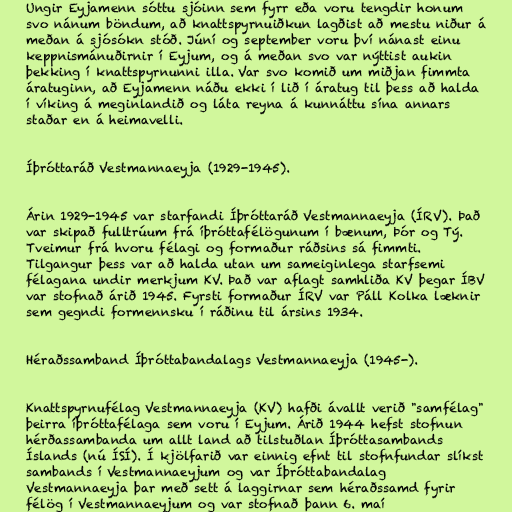
Ungir Eyjamenn sóttu sjóinn sem fyrr eða voru tengdir honum
svo nánum böndum, að knattspyrnuiðkun lagðist að mestu niður á
meðan á sjósókn stóð. Júní og september voru því nánast einu
keppnismánuðirnir í Eyjum, og á meðan svo var nýttist aukin
þekking í knattspyrnunni illa. Var svo komið um miðjan fimmta
áratuginn, að Eyjamenn náðu ekki í lið í áratug til þess að halda
í víking á meginlandið og láta reyna á kunnáttu sína annars
staðar en á heimavelli.

Íþróttaráð Vestmannaeyja (1929-1945).

Árin 1929-1945 var starfandi Íþróttaráð Vestmannaeyja (ÍRV). Það
var skipað fulltrúum frá íþróttafélögunum í bænum, Þór og Tý.
Tveimur frá hvoru félagi og formaður ráðsins sá fimmti.
Tilgangur þess var að halda utan um sameiginlega starfsemi
félagana undir merkjum KV. Það var aflagt samhliða KV þegar ÍBV
var stofnað árið 1945. Fyrsti formaður ÍRV var Páll Kolka læknir
sem gegndi formennsku í ráðinu til ársins 1934.

Héraðssamband Íþróttabandalags Vestmannaeyja (1945-).

Knattspyrnufélag Vestmannaeyja (KV) hafði ávallt verið "samfélag"
þeirra íþróttafélaga sem voru í Eyjum. Árið 1944 hefst stofnun
hérðassambanda um allt land að tilstuðlan Íþróttasambands
Íslands (nú ÍSÍ). Í kjölfarið var einnig efnt til stofnfundar slíkst
sambands í Vestmannaeyjum og var Íþróttabandalag
Vestmannaeyja þar með sett á laggirnar sem héraðssamd fyrir
félög í Vestmannaeyjum og var stofnað þann 6. maí